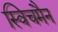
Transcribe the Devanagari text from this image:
स्विचमैन